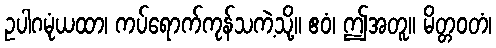
ဥပါဂမုံယထာ၊ ကပ်ရောက်ကုန်သကဲ့သို့။ ဧဝံ၊ ဤအတူ။ မိတ္တဝတံ၊